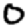
Digit: 0